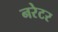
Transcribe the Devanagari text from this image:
नरेटर